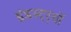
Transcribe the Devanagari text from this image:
इंडस्ट्र्यों